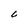
Character: C